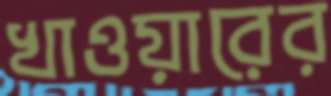
খাওয়ারের